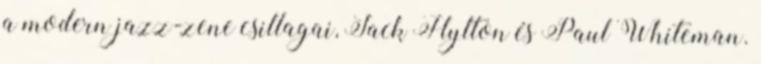
a modern jazz-zene csillagai, Jack Hylton és Paul Whiteman.